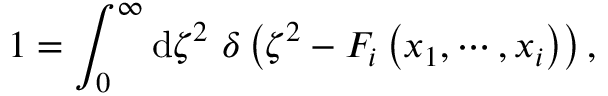
1 = \int _ { 0 } ^ { \infty } \mathrm { d } \zeta ^ { 2 } ~ \delta \left( \zeta ^ { 2 } - F _ { i } \left( x _ { 1 } , \cdots , x _ { i } \right) \right) ,